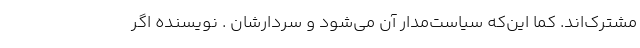
مشترک‌اند. کما این‌که سیاست‌مدار آن می‌شود و سردارشان . نویسنده اگر